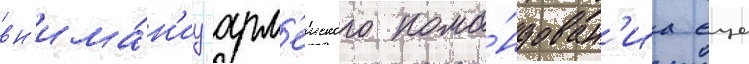
вн'има́н'иу арм'еиского кома́ндован'иа еще